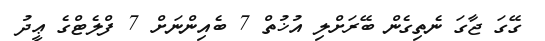
ގޭގަ ޖާގަ ނެތިގެން ބޭރަށްލި އުޚުތް 7 ބެއިންނަށް 7 ފްލެޓްގެ ޢީދު